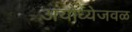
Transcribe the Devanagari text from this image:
अयोध्येजवळ